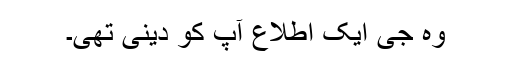
وہ جی ایک اطلاع آپ کو دینی تھی۔